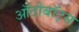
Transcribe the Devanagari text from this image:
ऑटोबॉट्स